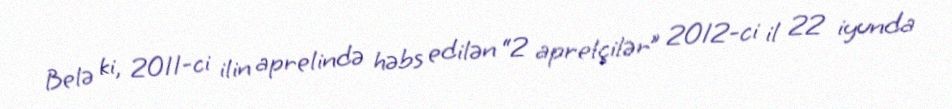
Belə ki, 2011-ci ilin aprelində həbs edilən “2 aprelçilər” 2012-ci il 22 iyunda